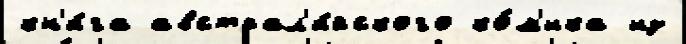
кн'и́га австрал'и́йского ко́м'ика из